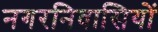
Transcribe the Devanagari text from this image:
नगरनिवासियों